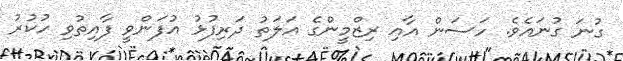
ގުނަ ގުނައެވެ. ހަސަން އާއި ރިޒްމީންގެ އަލަތު ދަރިފުޅު އުފަންވީ ފާއިތުވި ހުކުރު